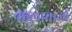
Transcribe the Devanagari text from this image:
कलाबाजों